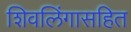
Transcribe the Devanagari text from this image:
शिवलिंगासहित